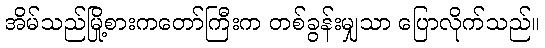
အိမ်သည်မြို့စားကတော်ကြီးက တစ်ခွန်းမျှသာ ပြောလိုက်သည်။